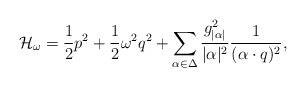
\begin{align*}{\cal H}_{\omega}={1\over2}p^2+{1\over2}\omega^2q^2+ \sum_{\alpha\in\Delta} {g_{|\alpha|}^{2}\over |\alpha|^{2}}{1\over{(\alpha\cdot q)^2}}, \end{align*}